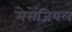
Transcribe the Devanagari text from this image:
मेसेंजियल